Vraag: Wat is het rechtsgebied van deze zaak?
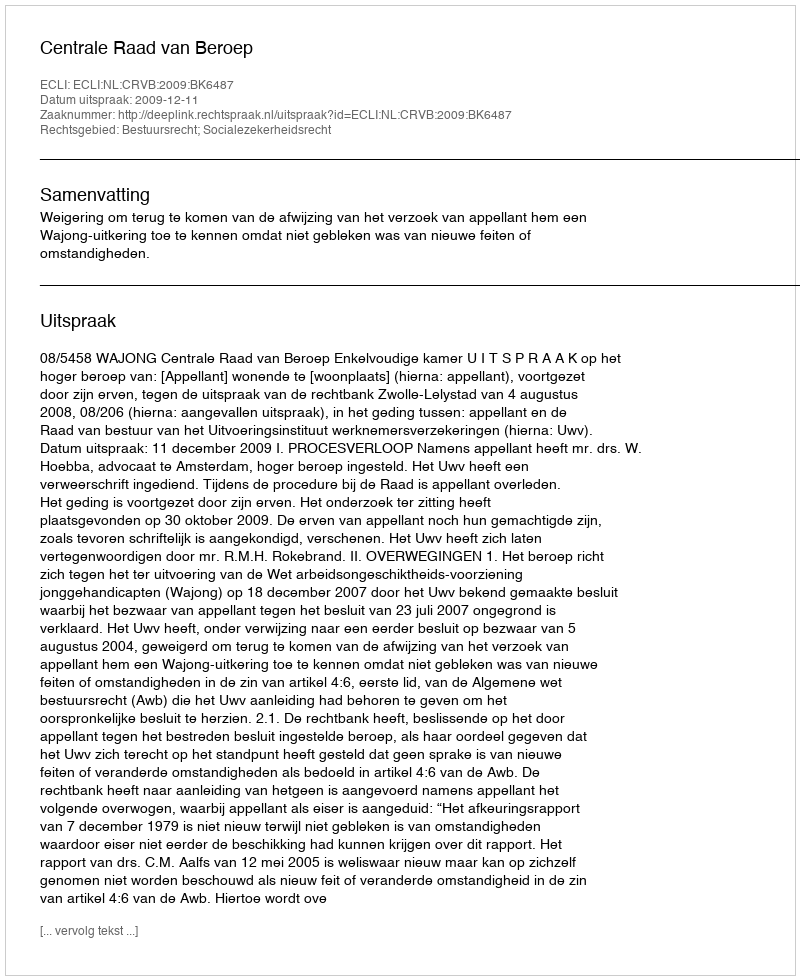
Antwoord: Bestuursrecht; Socialezekerheidsrecht